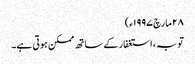
٢٨ مارچ ١٩٩٧ء)
توبہ ، استغفار کے ساتھ ممکن ہوتی ہے۔